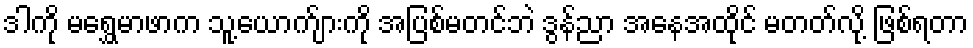
ဒါကို မရွှေမာဖာက သူ့ယောက်ျားကို အပြစ်မတင်ဘဲ ဒွန်ညာ အနေအထိုင် မတတ်လို့ ဖြစ်ရတာ